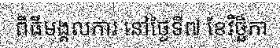
ពិធីមង្គលការ នៅថ្ងៃទី៧ ខែវិច្ឆិកា